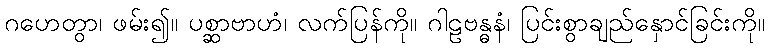
ဂဟေတွာ၊ ဖမ်း၍။ ပစ္ဆာဗာဟံ၊ လက်ပြန်ကို။ ဂါဠဗန္ဓနံ၊ ပြင်းစွာချည်နှောင်ခြင်းကို။